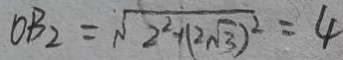
O B _ { 2 } = \sqrt { 2 ^ { 2 } + ( 2 \sqrt { 3 } ) ^ { 2 } } = 4